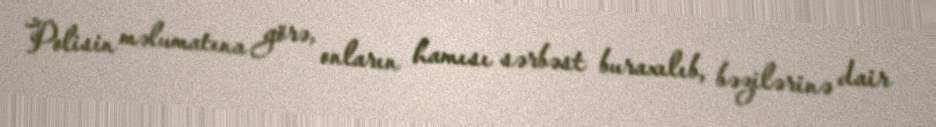
Polisin məlumatına görə, onların hamısı sərbəst buraxılıb, bəzilərinə dair